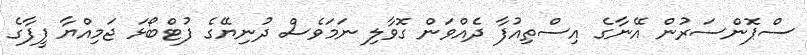
ސްޕޮންސަރުން އޭނާގެ އިސްތިއުފާ ދެއްވަން ގޮވާލި ނަމަވެސް ދުނިޔޭގެ ފުޓްބޯޅަ ޖަމިއްޔާ ފީފާގެ